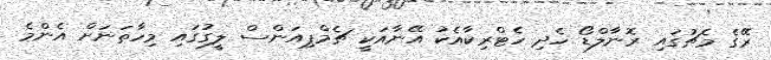
ރޭގެ މެޗުގައި ރޮނާލްޑޯ ހެދި ހެޓްރިކާއެކު އޭނާއަކީ ޗެމްޕިއަންސް ލީގުގައި މިހާތަނަށް އެންމެ